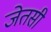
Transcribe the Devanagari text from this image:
जेतसी